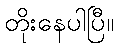
တိုးနေပါပြီ။